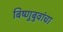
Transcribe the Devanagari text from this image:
बिष्णुबुवांचा